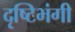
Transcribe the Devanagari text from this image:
दृष्टिभंगी